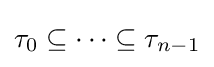
\tau _{0}\subseteq \dots \subseteq \tau _{n-1}